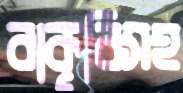
বাকৃবিসহ